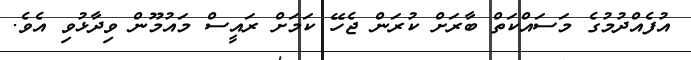
އުފެއްދުމުގެ މަސައްކަތް ބާރަށް ކުރަން ޖެހޭ ކަމަށް ރައީސް މައުމޫން ވިދާޅުވި އެވެ.